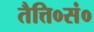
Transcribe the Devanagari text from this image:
तैत्ति०सं०